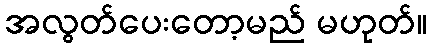
အလွတ်ပေးတော့မည် မဟုတ်။